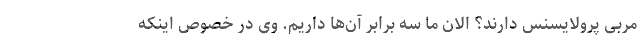
مربی پرولایسنس دارند؟ الان ما سه برابر آن‌ها داریم. وی در خصوص اینکه